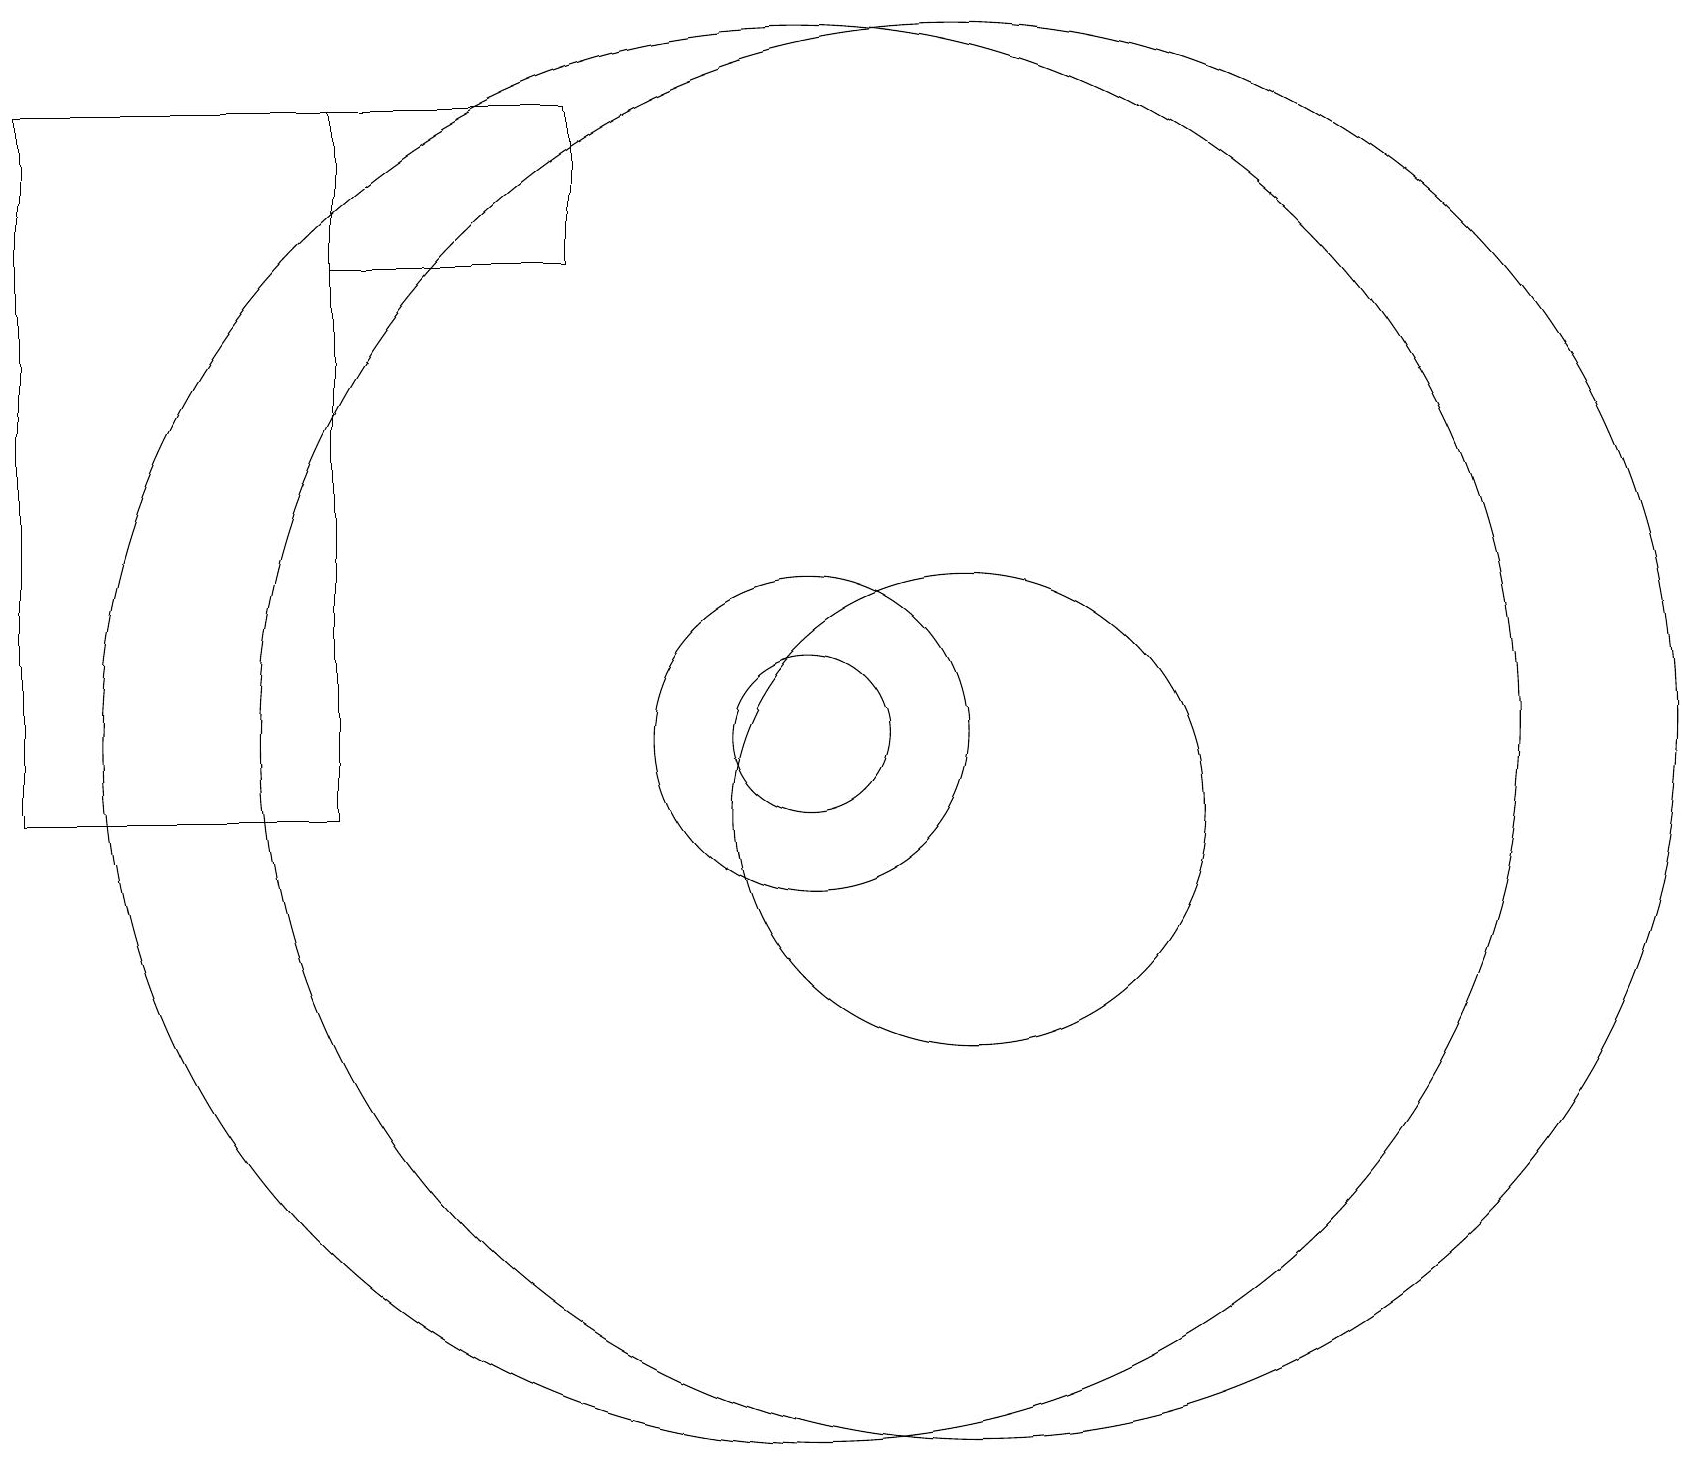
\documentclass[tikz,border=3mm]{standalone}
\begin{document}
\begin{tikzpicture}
\draw (12,11) circle (9);
\draw (10,11) circle (2);
\draw (10,11) circle (9);
\draw (12,10) circle (3);
\draw (10,12) circle (0);
\draw (10,11) circle (1);
\draw (0,19) rectangle (4,10);
\draw (7,19) rectangle (4,17);
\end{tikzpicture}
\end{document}